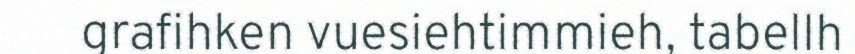
grafihken vuesiehtimmieh, tabellh